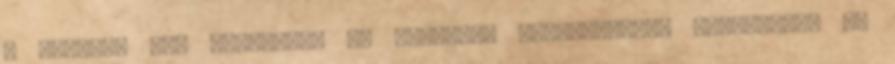
a témához Itt baszhatod az irodalmi ismereteidet Félreértés ne